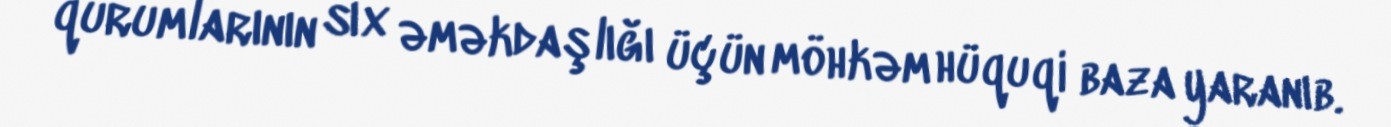
qurumlarının sıx əməkdaşlığı üçün möhkəm hüquqi baza yaranıb.